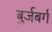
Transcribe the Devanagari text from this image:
बुर्जबर्ग